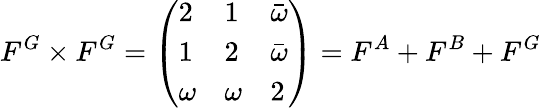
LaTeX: F^{G}\times F^{G}=\left(\begin{array}{lll}{2}&{1}&{\bar{\omega}}\\ {1}&{2}&{\bar{\omega}}\\ {\omega}&{\omega}&{2}\end{array}\right)=F^{A}+F^{B}+F^{G}